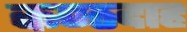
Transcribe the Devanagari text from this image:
कण्ठदाह